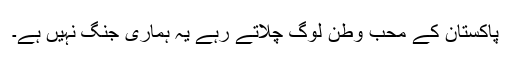
پاکستان کے محب وطن لوگ چلاتے رہے یہ ہماری جنگ نہیں ہے۔